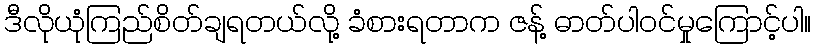
ဒီလိုယုံကြည်စိတ်ချရတယ်လို့ ခံစားရတာက ဇန့် ဓာတ်ပါဝင်မှုကြောင့်ပါ။